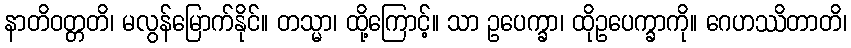
နာတိဝတ္တတိ၊ မလွန်မြောက်နိုင်။ တသ္မာ၊ ထို့ကြောင့်။ သာ ဥပေက္ခာ၊ ထိုဥပေက္ခာကို။ ဂေဟဿိတာတိ၊